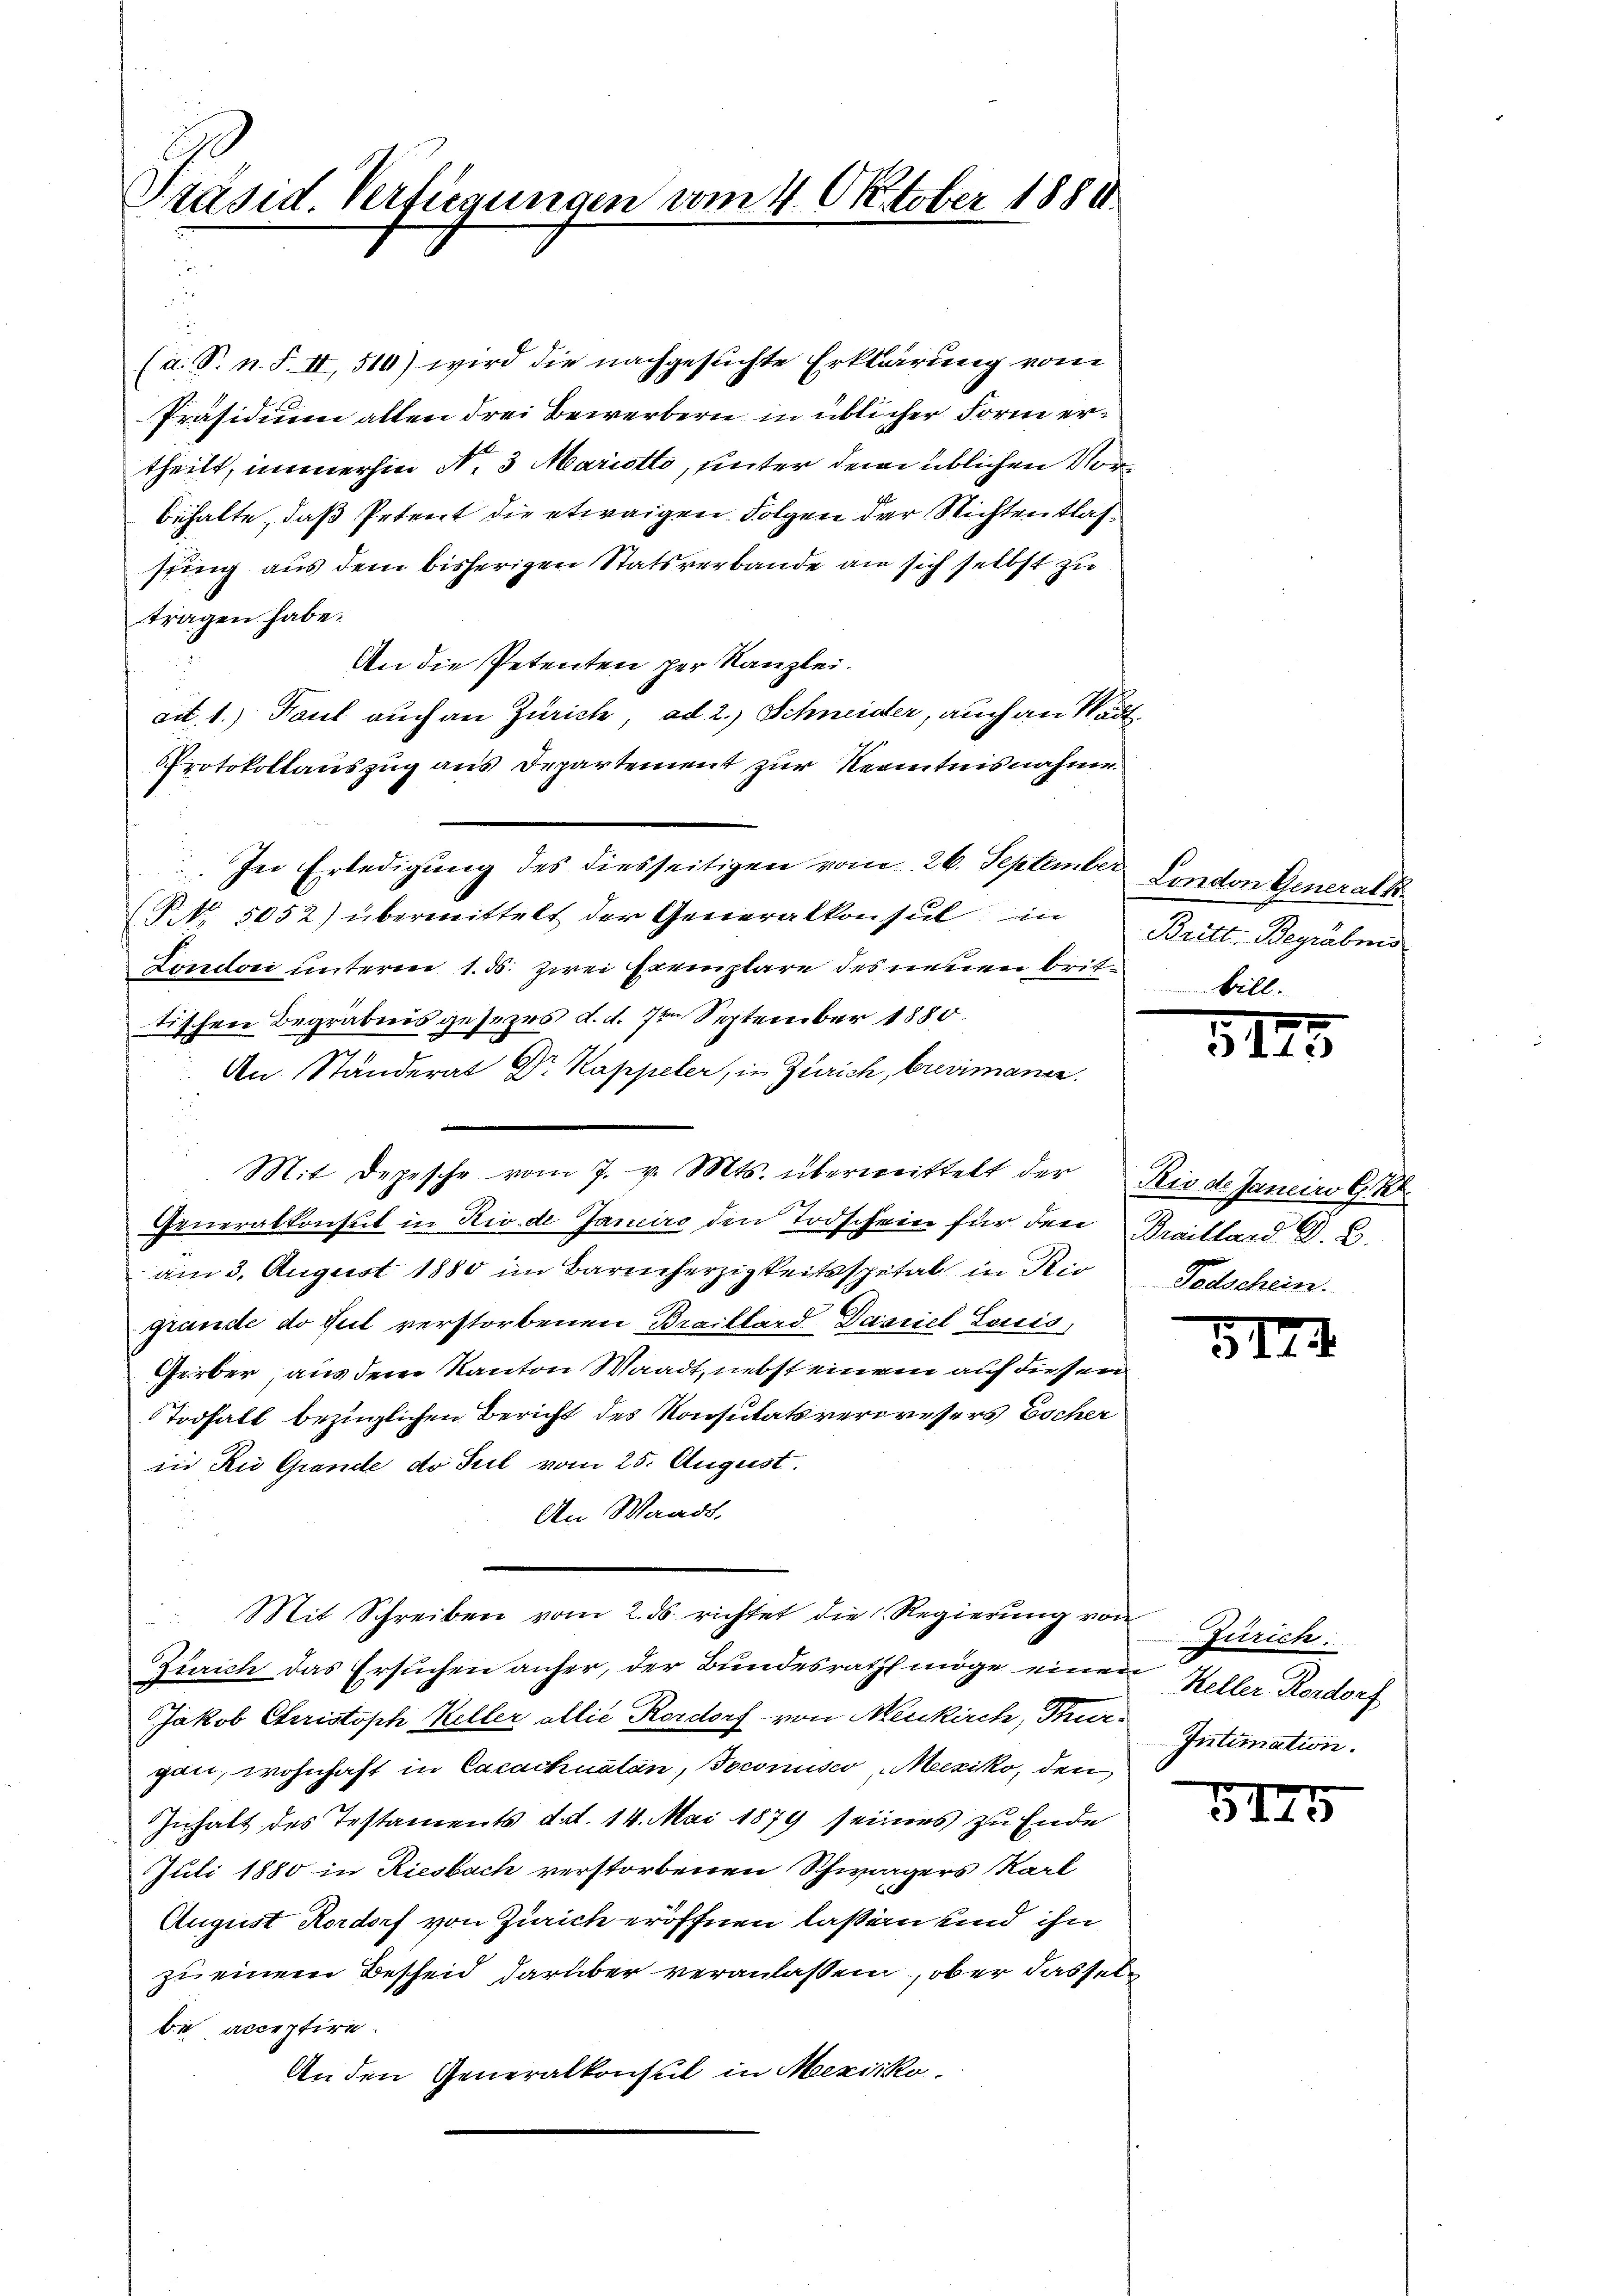
Präsid. Verfügungen vom 4. Oktober 1880.

(a. S. n. F. II, 510) wird die nachgesuchte Erklärung vom
Präsidium allen drei Bewerbern in üblicher Form ertheilt, immerhin Nr. 3 Maristli, unter dem üblichen Vorbehalte, daß Petent die etwaigen Folgen der Richtentlassing aus dem bisherigen Statsverbande an sich selbst zu
tragen habe.
An die Petenten per Kanzlei.
ait. 1.) Paul auch an Zürich, ad 2.) Schneider, auch an Städt
PProtokollauszug aus Departement zur Kenntnisnahme.
In Erledigung des diesseitigen vom 26. September London Generalk
NNo. 5052) übermittelt der Generalkonsul in Britt. Begräbnis
Londoni unterm 1. ds. zwei Exemplare des neuen brit bill
tischen Begräbnis gesezes d. d. 7ten September 1880.
An Ständerat Dr. Kappeler, in Zürich, brevimange.
Mit Depesche vom 7. v. Mts. überweittelt der Rio d. Janeiro G. K.
Generalkonsul in Rio de Janeiro den Todschein für den Braillard. D. C.
am 3. August 1880 im Barmherzigkeitsspital in die
grande do ful verstorbenen Braillard-Dasniel Louis,
Gerber, aus dem Kanton Waadt, nebst einem auf diesen
Todfall bezüglichen Bericht des Konsulatsverdressers Escher
in Rio Grande do Teil vom 25. August.
An Waadt.
Mit Schreiben vom 2. ds richtet die Regierung von
Zürich das Ersuchen anher, der Bundesrath möge einen Keller-Kordorf
Jakob Christoph Keller allie Rordorf von Neukirch, Thur-
gan, wohnhaft in Cacachuatan, Joconsco Mexiko, den
Inhalt des Testaments d.d. 14. Mai 1879 seines zu Ende
Juli 1880 in Riesbach verstorbenen Schwurgers Karl
e
August Rordorf von Zürich eröffnen laßen und ihn
zu einem Bescheid darüber veranlassen, ober dasselde acceptire.
An den Generalkonsul in Mexiko

51

1

.

Todschein.

.

Zürich
Intimation.

3145